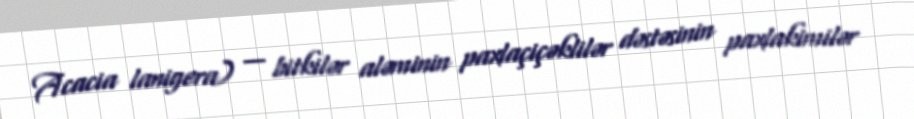
Acacia lanigera) — bitkilər aləminin paxlaçiçəklilər dəstəsinin paxlakimilər